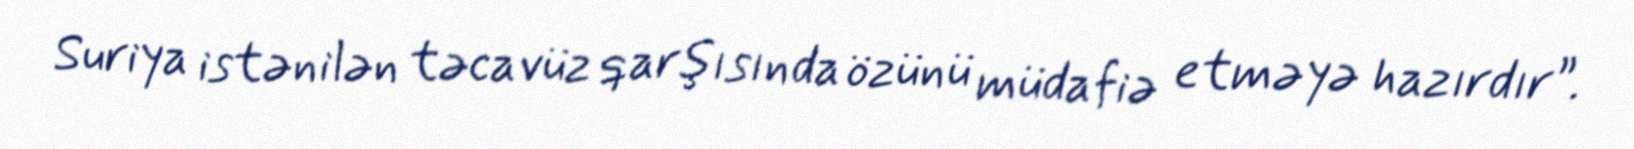
Suriya istənilən təcavüz qarşısında özünü müdafiə etməyə hazırdır”.